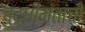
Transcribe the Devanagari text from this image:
बुद्धीमंतांची